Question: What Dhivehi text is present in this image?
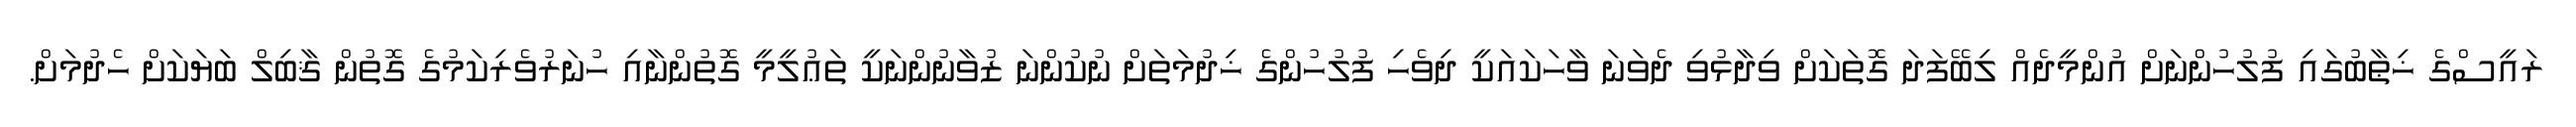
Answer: ރައީސްގެ ޚިޠާބުގައި ފުލުހުންނަށް އުންމީދެއް ލިބޭފަދަ ގޮތަކަށް ވިދާޅުވި ދެވަނަ ވާހަކައަކީ ދިވެހި ފުލުހުންގެ ޚިދުމަތަށް ނުކުންނަ ޒުވާނުންނަކީ ތަޢުލީމީ ގޮތުންނާއި ހުނަރުވެރިކަމުގެ ގޮތުން ޤާބިލް ބަޔަކަށް ހެދުމަށް.